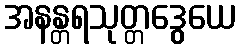
အနန္တရသုတ္တဒွေယေ